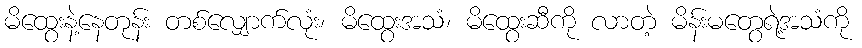
မိထွေးနဲ့နေတုန်း တစ်လျှောက်လုံး၊ မိထွေးအသံ၊ မိထွေးဆီကို လာတဲ့ မိန်းမတွေရဲ့အသံကို